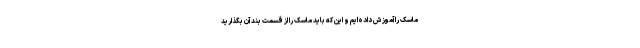
ماسک را آموزش داده‌ایم و این که باید ماسک را از قسمت بند آن بگذارید